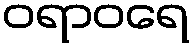
ဝရာဝရေ